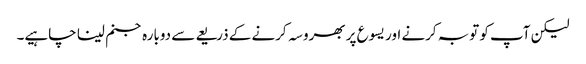
لیکن آپ کو توبہ کرنے اور یسوع پر بھروسہ کرنے کے ذریعے سے دوبارہ جنم لینا چاہیے۔